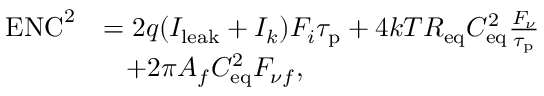
\begin{array} { r l } { \mathrm { E N C } ^ { 2 } } & { = 2 q ( I _ { \mathrm { l e a k } } + I _ { k } ) F _ { i } \tau _ { \mathrm { p } } + 4 k T R _ { \mathrm { e q } } C _ { \mathrm { e q } } ^ { 2 } \frac { F _ { \nu } } { \tau _ { \mathrm { p } } } } \\ & { \; \; \; + 2 \pi A _ { f } C _ { \mathrm { e q } } ^ { 2 } F _ { \nu f } , } \end{array}